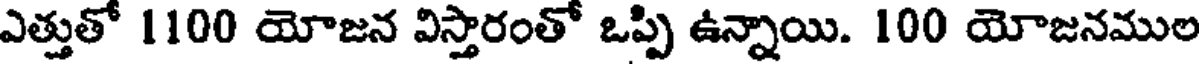
ఎత్తుతో 1100 యోజన విస్తారంతో ఒప్పి ఉన్నాయి. 100 యోజనముల